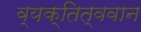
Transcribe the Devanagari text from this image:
व्यक्तित्ववान